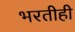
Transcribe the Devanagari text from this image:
भरतीही